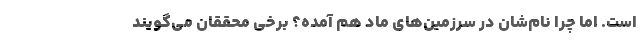
است. اما چرا نام‌شان در سرزمین‌های ماد هم آمده؟ برخی محققان می‌گویند